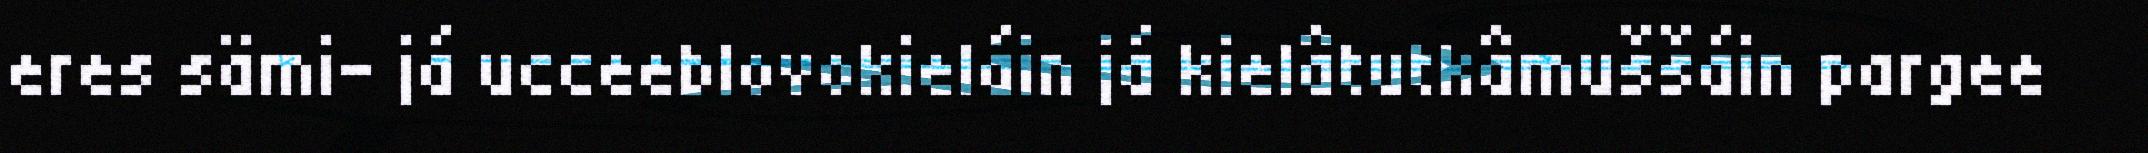
eres sämi- já ucceeblovokieláin já kielâtutkâmuššáin pargee